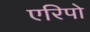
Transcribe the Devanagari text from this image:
एरिपो